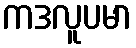
ကဒလူပမာ